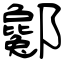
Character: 酁